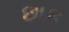
છાક